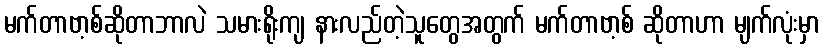
မက်တာဗာ့စ်ဆိုတာဘာလဲ သမားရိုးကျ နားလည်တဲ့သူတွေအတွက် မက်တာဗာ့စ် ဆိုတာဟာ မျက်လုံးမှာ